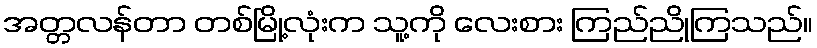
အတ္တလန်တာ တစ်မြို့လုံးက သူ့ကို လေးစား ကြည်ညိုကြသည်။